Vaccine operations Central Provinces & Berar 1912-1920 - 1912-1920
Year: 1912
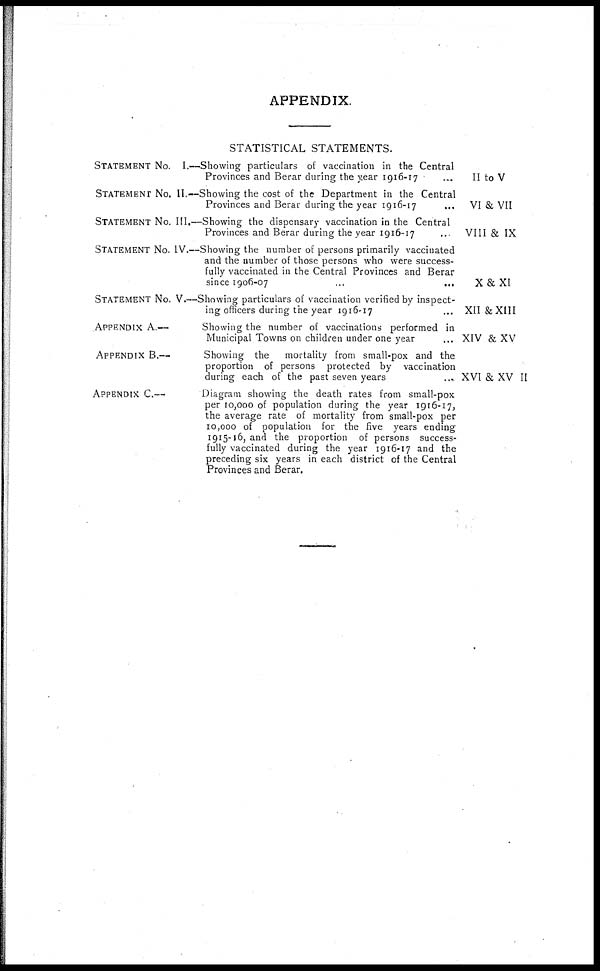
APPENDIX.
STATISTICAL STATEMENTS.
STATEMENT No. I.—Showing particulars of vaccination in the Central
Provinces and Berar during the year 1916-17 ...
STATEMENT No. II.— Showing the cost of the Department in the Central
Provinces and Berar during the year 1916-17 ...
STATEMENT No. III,—Showing the dispensary vaccination in the Central
Provinces and Berar during the year 1916-17 ...
STATEMENT No. IV.—Showing the number of persons primarily vaccinated
and the number of those persons who were success-
fully vaccinated in the Central Provinces and Berar
since 1906-07 ... ...
STATEMENT No. V.—Showing particulars of vaccination verified by inspect-
ing officers during the year 1916-17 ...
APPENDIX A.—
Showing the number of vaccinations performed in
Municipal Towns on children under one year ...
APPENDIX B.—
Showing the
mortality from small-pox and the
proportion of persons protected by vaccination
during each of the past seven years
...
APPENDIX C—
Diagram showing the death rates from small-pox
per 10,000 of population during the year 1916-17,
the average rate of mortality from small-pox per
10,000 of population for the five years ending
1915-16, and the proportion of persons success-
fully vaccinated during the year 1916.17 and the
preceding six years in each district of the Central
Provinces and Berar.
II to V
VI & VII
VIII & IX
X&XI
XII &XIII
XIV & XV
XVI & XV II